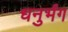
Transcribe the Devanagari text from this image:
धनुर्भंग